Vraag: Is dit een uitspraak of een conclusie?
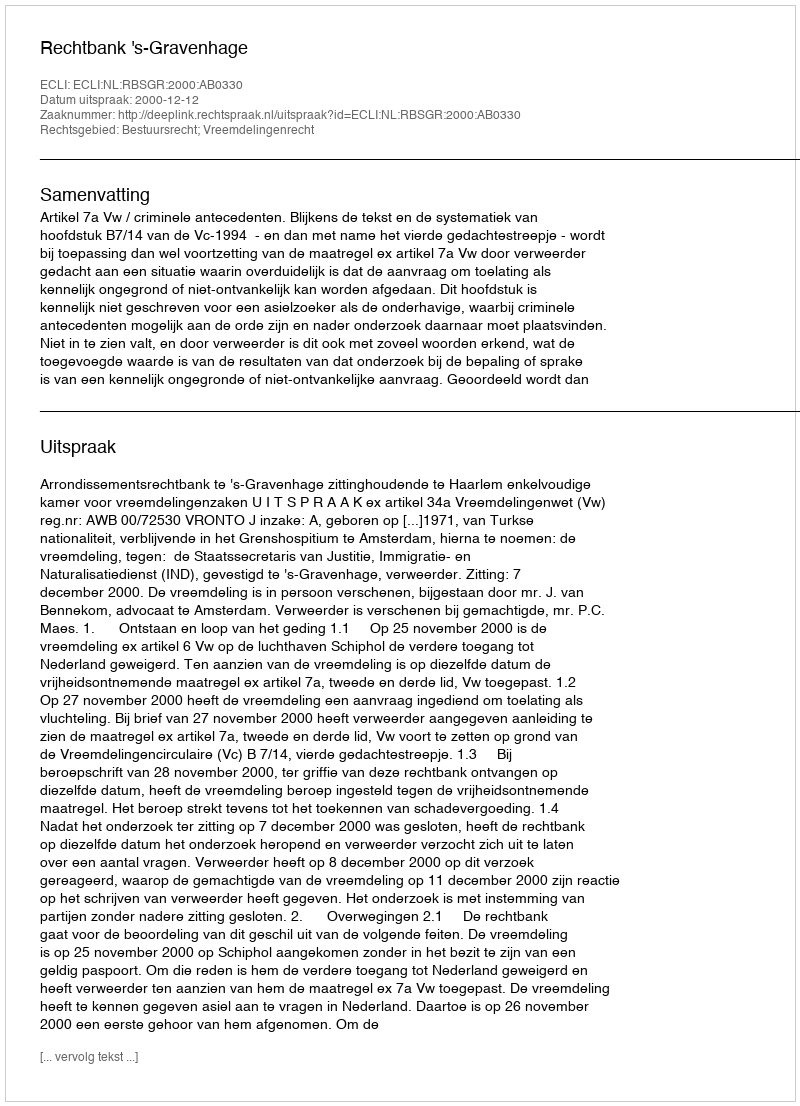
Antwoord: Uitspraak